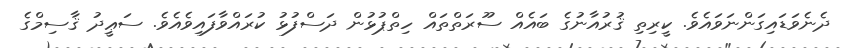
ދެނެވަޑައިގަންނަވައެވެ. ކީރިތި ޤުރުއާނުގެ ބައެއް ސޫރަތްތައް ހިތްޕުޅުން ދަސްފުޅު ކުރައްވާފައިވެއެވެ. ސަޢީދު ޤާސިމްގެ